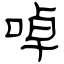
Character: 啅